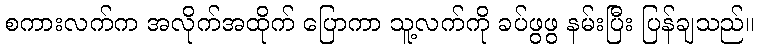
စကားလက်က အလိုက်အထိုက် ပြောကာ သူ့လက်ကို ခပ်ဖွဖွ နမ်းပြီး ပြန်ချသည်။